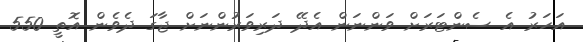
އަހަރު އެ ސެންޓަރަށް ވަންނަން އެދޭ ދަރިވަރުންނަށް ޖާގަ ދެވެން އޮތީ 550